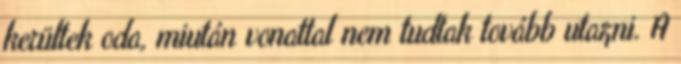
kerültek oda, miután vonattal nem tudtak tovább utazni. A